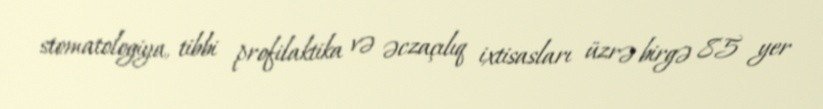
stomatologiya, tibbi profilaktika və əczaçılıq ixtisasları üzrə birgə 85 yer